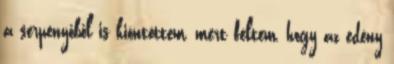
a serpenyőből is kiöntöttem, mert féltem, hogy az edény